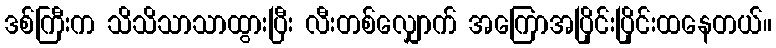
ဒစ်ကြီးက သိသိသာသာထွားပြီး လီးတစ်လျှောက် အကြောအပြိုင်းပြိုင်းထနေတယ်။